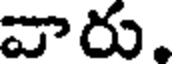
వారు.